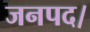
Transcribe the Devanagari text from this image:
जनपद।